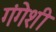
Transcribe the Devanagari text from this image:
गंगेशी